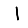
Digit: 1